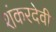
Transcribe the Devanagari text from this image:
शंकरदेवी